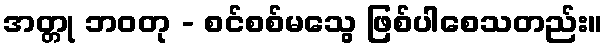
အတ္တု ဘဝတု - စင်စစ်မသွေ ဖြစ်ပါစေသတည်း။